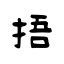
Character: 捂